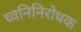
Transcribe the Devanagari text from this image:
घ्वनिनिरोधक